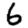
Digit: 6